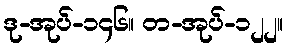
ဒု-အုပ်-၁၄၆။ တ-အုပ်-၁၂၂။